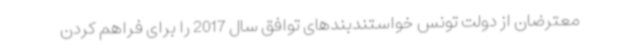
معترضان از دولت تونس خواستندبندهای توافق سال 2017 را برای فراهم کردن